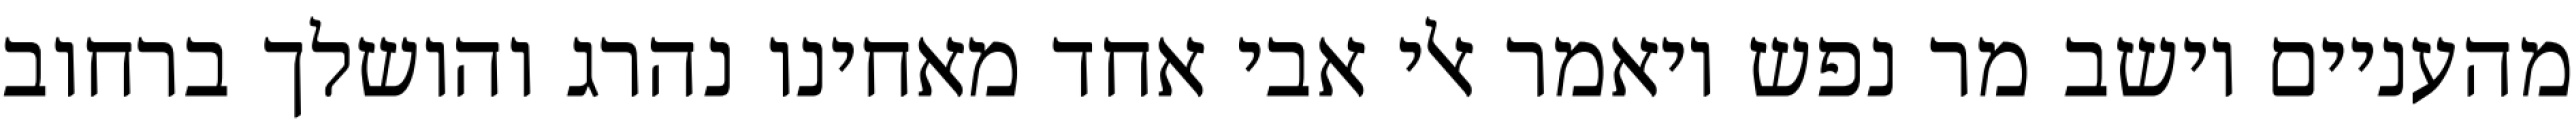
מהעניים וישב מר נפש ויאמר אלי אבי אחד מאחינו נהרג והושלך ברחוב